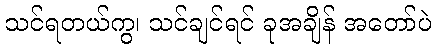
သင်ရတယ်ကွ၊ သင်ချင်ရင် ခုအချိန် အတော်ပဲ